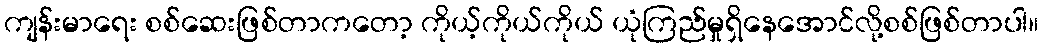
ကျန်းမာရေး စစ်ဆေးဖြစ်တာကတော့ ကိုယ့်ကိုယ်ကိုယ် ယုံကြည်မှုရှိနေအောင်လို့စစ်ဖြစ်တာပါ။